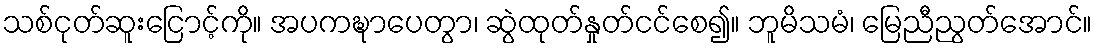
သစ်ငုတ်ဆူးငြောင့်ကို။ အပကဍ္ဎာပေတွာ၊ ဆွဲထုတ်နှုတ်ငင်စေ၍။ ဘူမိသမံ၊ မြေညီညွတ်အောင်။